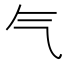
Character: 气